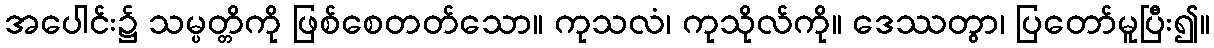
အပေါင်း၌ သမ္ပတ္တိကို ဖြစ်စေတတ်သော။ ကုသလံ၊ ကုသိုလ်ကို။ ဒေဿတွာ၊ ပြတော်မူပြီး၍။